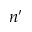
n ^ { \prime }